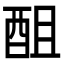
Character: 䣯